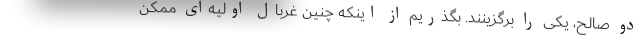
دو صالح، یکی را برگزینند. بگذریم از اینکه چنین غربال اولیه‌ای ممکن